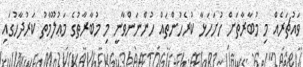
ވައުޗަރެއް މި މުބާރާތަށް ހުށަހަޅާ ކުރެހުންތައް ހުންނަންވާނީ މި މުބާރާތުގެ މަޢުލޫމާތު ކަރުދާހުގައި